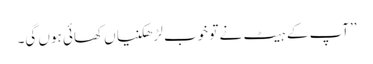
’’آپ کے ہیٹ نے تو خوب لڑھکنیاں کھائی ہوں گی۔